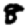
Digit: 8